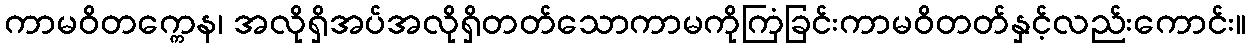
ကာမဝိတက္ကေန၊ အလိုရှိအပ်အလိုရှိတတ်သောကာမကိုကြံခြင်းကာမဝိတတ်နှင့်လည်းကောင်း။